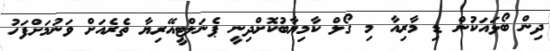
ދިން ބޯޅައަކުން ޑި މާރިއާ މި ގޯލް ކާމިޔާބުކޮށްދިނީ ޕެނަލްޓީއޭރިޔާ ތެރެއަށް ވަނުމަށްފަހު